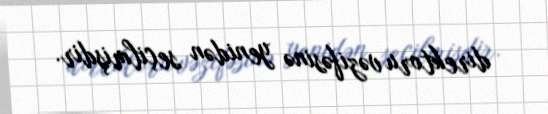
direktoru vəzifəsinə yenidən seçilmişdir.